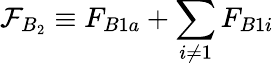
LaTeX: \mathcal{F}_{B_{2}}\equiv F_{B1a}+\sum_{i\neq 1}F_{B1i}